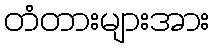
တံတားများအား